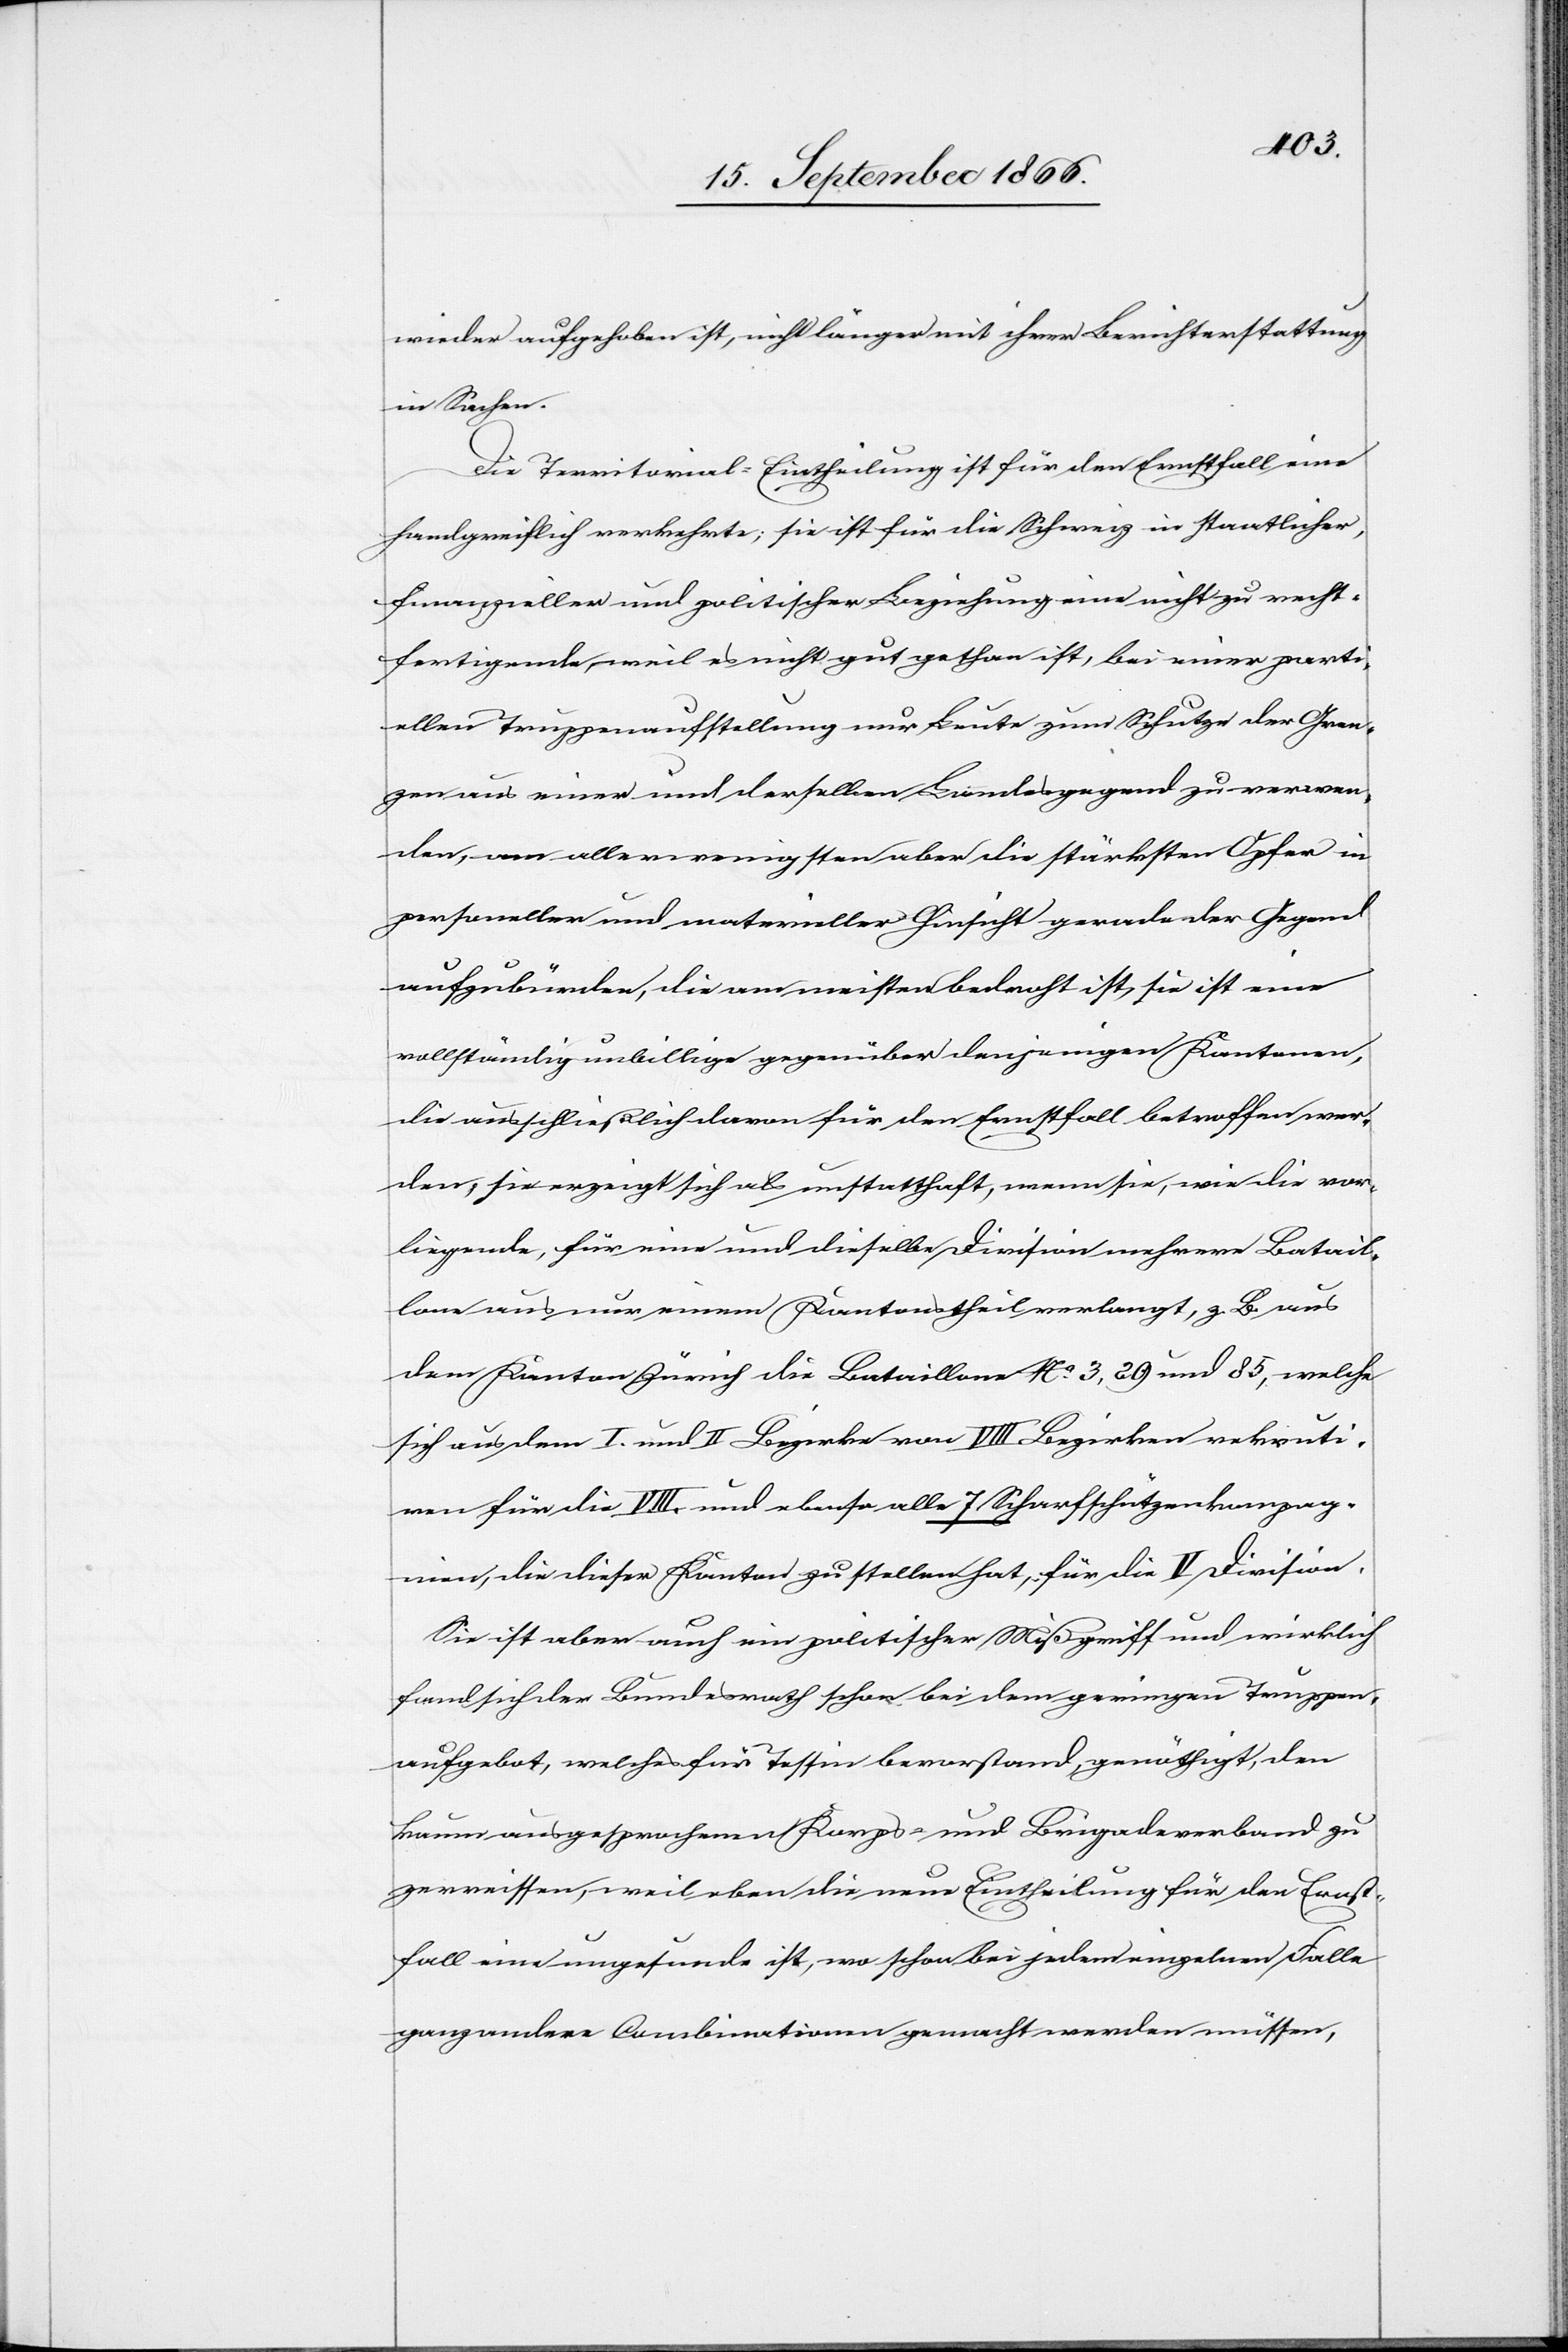
wieder aufgehoben, nicht länger mit ihrer Berichterstattung
in Sachen.
Die Territorial-Eintheilung ist für den Ernstfall eine
handgreiflich verkehrte; sie ist für die Schweiz in staatlicher,
finanzieller und politischer Beziehung eine nicht zu recht¬
fertigende, weil es nicht gut gethan ist, bei einer parti¬
ellen Truppenaufstellung nur Leute zum Schutze der Gren¬
zen aus einer und derselben Landesgegend zu verwen¬
den, am allerwenigsten aber die stärksten Opfer in
personeller und materieller Hinsicht gerade der Gegend
aufzubürden, die am meisten bedroht ist, sie ist eine
vollständig unbillige gegenüber denjenigen Kantonen,
die ausschließlich davon für den Ernstfall betroffen wer¬
den, sie erzeigt sich als unstatthaft, wenn sie, wie die vor¬
liegende, für eine und dieselbe Division mehrere Batail¬
lons aus nur einem Kantonstheil verlangt, z. B. aus
dem Kanton Zürich die Bataillone No. 3, 29 und 85, welche
sich aus dem I. und II Bezirke von VIII Bezirken rekruti¬
ren für die VIII. und ebenso alle 7 Scharfschützenkompag¬
nien, die dieser Kanton zu stellen hat, für die V Division.
Sie ist aber auch ein politischer Mißgriff und wirklich
fand sich der Bundesrath schon bei dem geringen Truppen¬
aufgebot, welches für Tessin bevorstand, genöthigt, den
kaum ausgesprochenen Korps- und Brigadenverband zu
zerreissen, weil eben die neue Eintheilung für den Ernst¬
fall eine ungesunde ist, wo schon bei jedem einzelnen Falle
ganz andere Combinationen gemacht werden müssen,